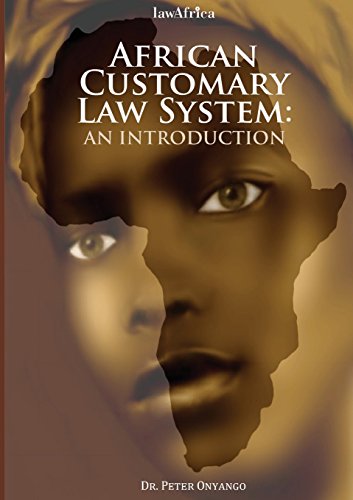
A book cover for African Customary Law: An Introduction; Peter Onyango; Law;